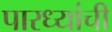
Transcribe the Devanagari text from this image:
पारध्यांची